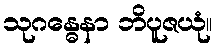
သုဂန္ဓေနာ ဘိပူဇယုံ။